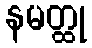
နမတ္ထု